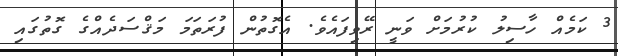
3 ކަމެއް ހާސިލު ކުރުމަށް ވަނީ ރޭވިފައެވެ. އެގޮތުން ފުރަތަމަ މަޤްސަދެއްގެ ގޮތުގައި